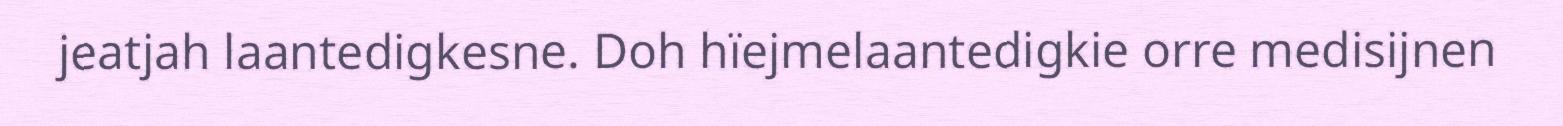
jeatjah laantedigkesne. Doh hïejmelaantedigkie orre medisijnen